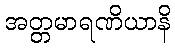
အတ္တမာရဏိယာနိ